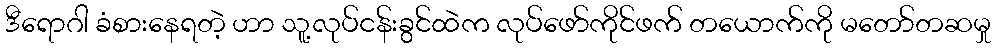
ဒီရောဂါ ခံစားနေရတဲ့ ဟာ သူ့လုပ်ငန်းခွင်ထဲက လုပ်ဖော်ကိုင်ဖက် တယောက်ကို မတော်တဆမှု